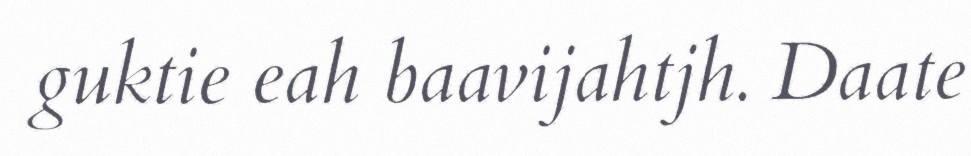
guktie eah baavijahtjh. Daate